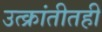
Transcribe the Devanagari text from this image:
उत्क्रांतीतही